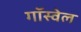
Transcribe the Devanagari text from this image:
गॉस्वेल